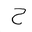
Letter: _ha